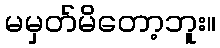
မမှတ်မိတော့ဘူး။